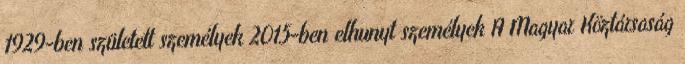
1929-ben született személyek 2015-ben elhunyt személyek A Magyar Köztársaság